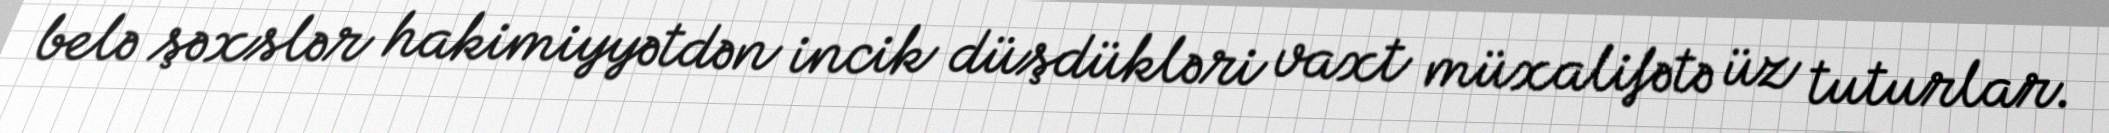
belə şəxslər hakimiyyətdən incik düşdükləri vaxt müxalifətə üz tuturlar.